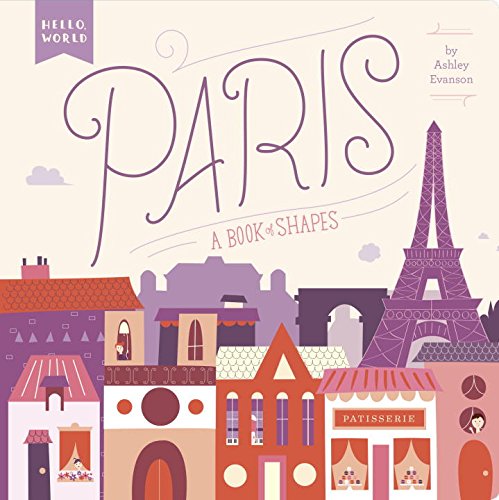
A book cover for Paris: A Book of Shapes (Hello, World); Ashley Evanson; Children's Books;